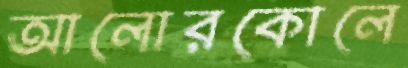
আলোরকোলে